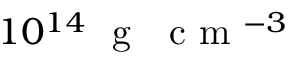
1 0 ^ { 1 4 } ~ \mathrm { ~ g ~ ~ ~ c ~ m ~ } ^ { - 3 }